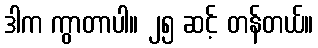
ဒါက ကွာတာပါ။ ၂၅ ဆင့် တန်တယ်။